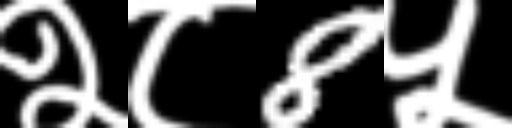
Text: २८8५